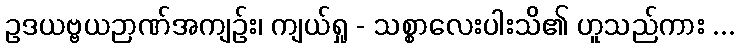
ဥဒယဗ္ဗယဉာဏ်အကျဉ်း၊ ကျယ်ရှု - သစ္စာလေးပါးသိ၏ ဟူသည်ကား ...